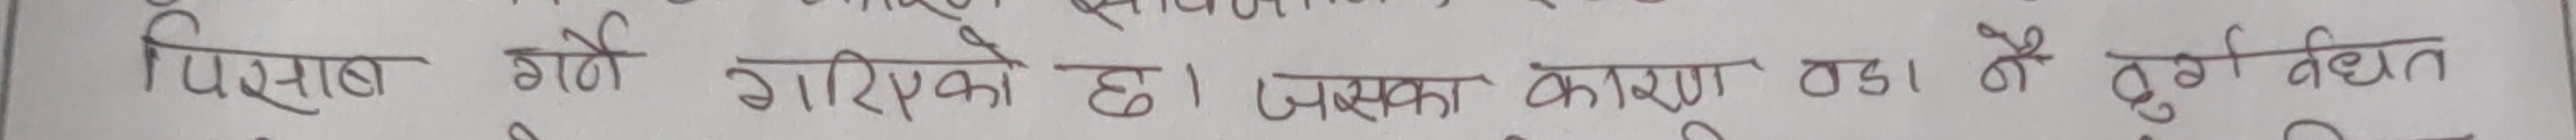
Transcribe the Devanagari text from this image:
पिशाब गर्ने गरिएको छ। जसका कारण ठडा मै दुर्गत